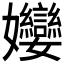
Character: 𭒵